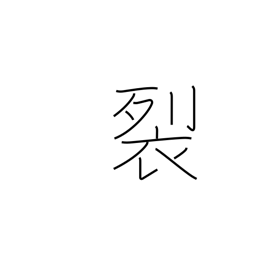
Meaning: rend